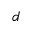
d